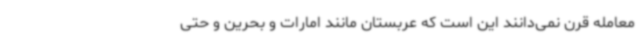
معامله قرن نمی‌دانند این است که عربستان مانند امارات و بحرین و حتی